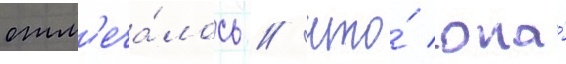
отм'еча́лось / что́ она́